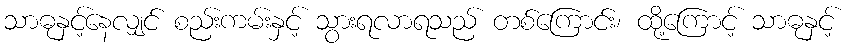
သာဓုနှင့်နေလျှင် စည်းကမ်းနှင့် သွားရလာရသည် တစ်ကြောင်း၊ ထို့ကြောင့် သာဓုနှင့်